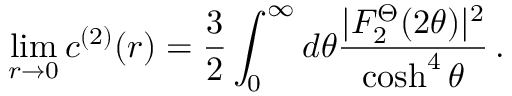
\operatorname * { l i m } _ { r \rightarrow 0 } c ^ { ( 2 ) } ( r ) = \frac { 3 } { 2 } \int _ { 0 } ^ { \infty } d \theta \frac { | F _ { 2 } ^ { \Theta } ( 2 \theta ) | ^ { 2 } } { \cosh ^ { 4 } \theta } \, .